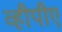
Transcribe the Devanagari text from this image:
व्हीपीए